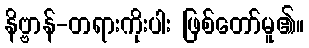
နိဗ္ဗာန်-တရားကိုးပါး ဖြစ်တော်မူ၏။